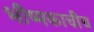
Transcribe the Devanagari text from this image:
भीष्मकाचीच